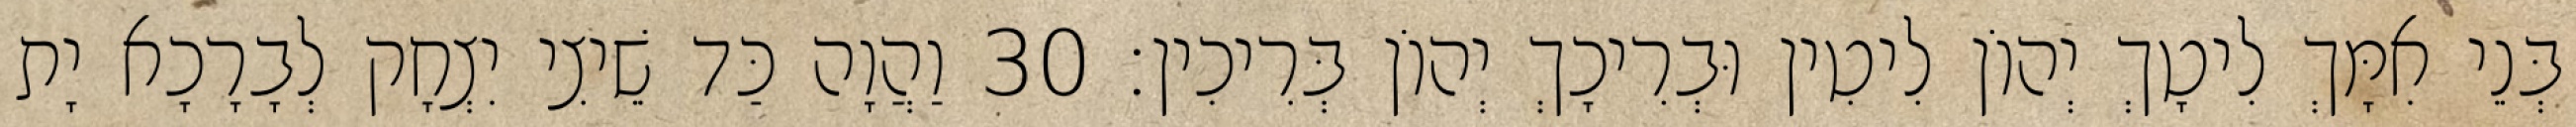
בְּנֵי אִמָּךְ לִיטָךְ יְהוֹן לִיטִין וּבְרִיכָךְ יְהוֹן בְּרִיכִין׃ 30 וַהֲוָה כַּד שֵׁיצִי יִצְחָק לְבָרָכָא יָת